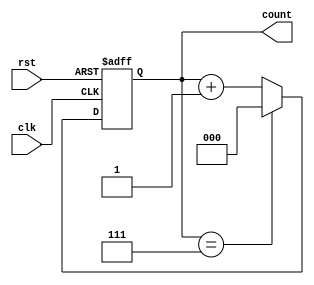
module binary_counter (
    input wire clk,       // Clock input
    input wire rst,       // Asynchronous reset input
    output reg [2:0] count // 3-bit count output (0 to 7)
);

    // Maximum count value (2^n - 1 for n bits)
    parameter MAX_COUNT = 3'b111; // Maximum value for a 3-bit counter

    // Always block for counter operation
    always @(posedge clk or posedge rst) begin
        if (rst) begin
            // Asynchronous reset
            count <= 3'b000; // Reset count to 0
        end else begin
            // Counting mechanism
            if (count == MAX_COUNT) begin
                count <= 3'b000; // Wrap around to 0
            end else begin
                count <= count + 1; // Increment count
            end
        end
    end

endmodule